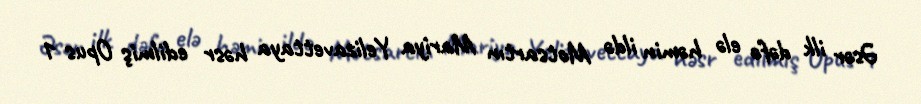
Əsər ilk dəfə elə həmin ildə Motsartın Mariya Yelizavettaya həsr edilmiş Opus 1